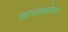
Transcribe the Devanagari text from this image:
खाचाखोचा